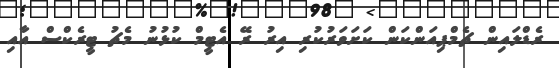
ރެޑްލައިން ޗެމްޕިއަންކަން ކަށަވަރުކުރި އިރު ރޭ އެޓީމް ކުޅުނު މެޗު ޓީރެކްސް އާއި